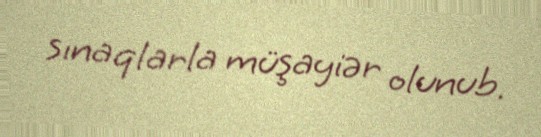
sınaqlarla müşayiər olunub.